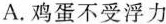
A.鸡蛋不受浮力